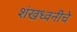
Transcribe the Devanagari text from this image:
शंखध्वनीचे